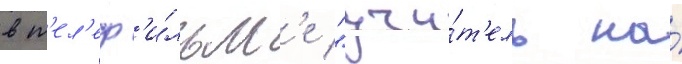
в т'ел'еф'и́льм'е "учи́т'ель на́